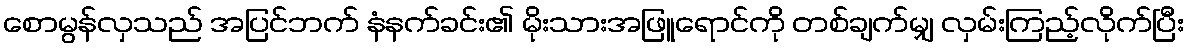
စောမွန်လှသည် အပြင်ဘက် နံနက်ခင်း၏ မိုးသားအဖြူရောင်ကို တစ်ချက်မျှ လှမ်းကြည့်လိုက်ပြီး